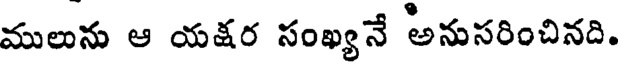
ములును ఆ యక్షర సంఖ్యనే అనుసరించినది.